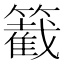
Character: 𥵞